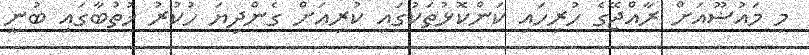
މި މައުޟޫއަށް ރާއްޖޭގެ ހުރިހައި ކަންކޮޅުތަކުގައި ކުރިއަށް ގެންދިޔަ ހުކުރު ޚުތުބާގައި ބުނީ